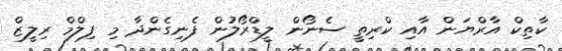
ކާތިކް އާރްޔަން އާއި ކްރިތީ ސެނޯން ލީޑްރޯލުން ފެނިގެންދާ މި ފިލްމް ރިލީޒް